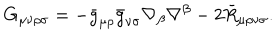
G _ { \mu \nu \rho \sigma } = - \bar { g } _ { \mu \rho } \bar { g } _ { \nu \sigma } \nabla _ { \beta } \nabla ^ { \beta } - 2 \bar { R } _ { \mu \rho \nu \sigma } .